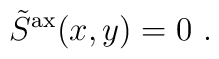
\tilde{S}^{\rm ax}(x,y) = 0 \ .